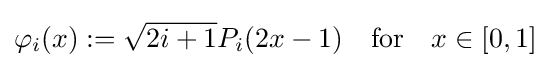
\varphi _{i}(x):={\sqrt {2i+1}}P_{i}(2x-1)\quad {\text{for}}\quad x\in [0,1]